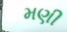
મણી